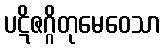
ပဋိဇဂ္ဂိတုမေဝေသာ